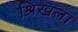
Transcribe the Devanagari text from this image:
श्रिखला